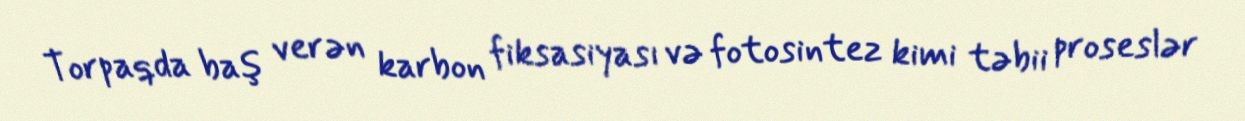
Torpaqda baş verən karbon fiksasiyası və fotosintez kimi təbii proseslər